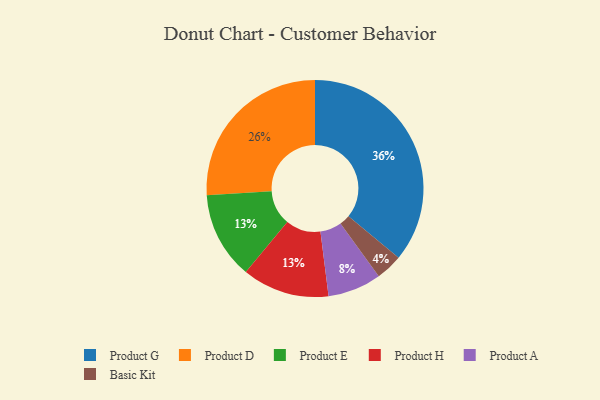
{"axis": {"x": "Category", "y": "Percentage"}, "legend": ["Basic Kit", "Product A", "Product D", "Product E", "Product G", "Product H"], "data": [{"x": "Product G", "y": 36, "type": "Product G"}, {"x": "Basic Kit", "y": 4, "type": "Basic Kit"}, {"x": "Product D", "y": 26, "type": "Product D"}, {"x": "Product A", "y": 8, "type": "Product A"}, {"x": "Product E", "y": 13, "type": "Product E"}, {"x": "Product H", "y": 13, "type": "Product H"}]}